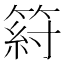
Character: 䈙